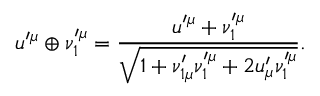
u ^ { \prime \mu } \oplus \nu _ { 1 } ^ { \prime \mu } = \frac { u ^ { \prime \mu } + \nu _ { 1 } ^ { \prime \mu } } { \sqrt { 1 + \nu _ { 1 \mu } ^ { \prime } \nu _ { 1 } ^ { \prime \mu } + 2 u _ { \mu } ^ { \prime } \nu _ { 1 } ^ { \prime \mu } } } .